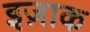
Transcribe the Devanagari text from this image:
इज़ाक